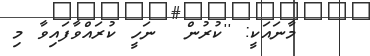
މާނައަކީ: ''ކުރުން  ނަހީ ކުރައްވާފައިވާ މި